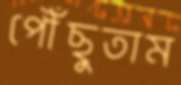
পৌঁছুতাম